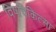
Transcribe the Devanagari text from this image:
विषचिकित्सा